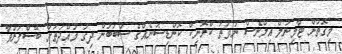
މިގޮތުން ޓާމިނަލް އިލްނެސް ނުވަތަ ކްރޮނިކް ކޮންޑިޝަނެއްގެ ސަބަބުން ދިގު މުއްދަތަށް ބޭސްފަރުވާ